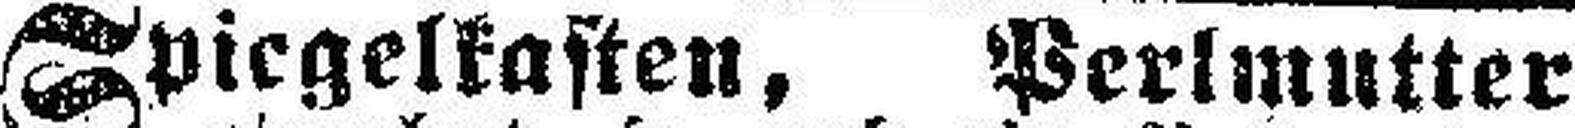
Spiegelkasten, Perlmutter